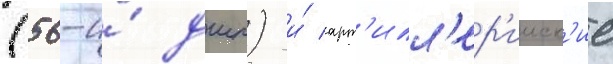
(56-и́ дшп) и́ арт'илл'ер'ииск'ие